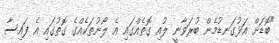
"ބޮޑަށް އަޅުގަނޑުމެން ބުރަވާނީ ލުއި ގޮތެއްގައި އެ ލޯނުތަކެއްގެ ގޮތުގައި އެ ފައިސާ